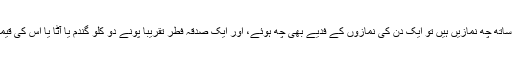
ایک نماز کا فدیہ ایک صدقہ فطر کے برابر ہے اور روزانہ وتر کے ساتھ چھ نمازیں ہیں تو ایک دن کی نمازوں کے فدیے بھی چھ ہوئے، اور ایک صدقہ فطر تقریبا پونے دو کلو گندم یا آٹا یا اس کی قیمت ہے، اس سال (1439ھ) ایک فطرہ کی رقم ۹۰ روپے بن رہی ہے۔